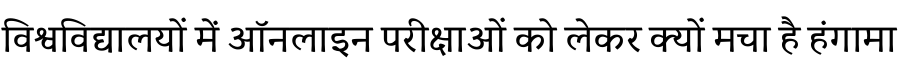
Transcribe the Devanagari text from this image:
विश्वविद्यालयों में ऑनलाइन परीक्षाओं को लेकर क्यों मचा है हंगामा